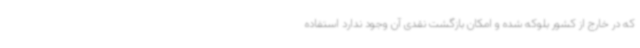
که در خارج از کشور بلوکه شده و امکان بازگشت نقدی آن وجود ندارد استفاده